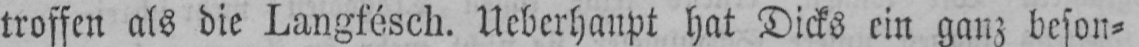
troffen als die Langfésch. Ueberhaupt hat Dicks ein ganz beson⸗